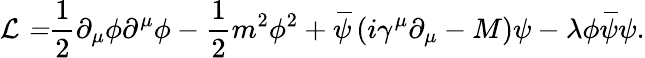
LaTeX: \mathcal{L=}\frac{1}{2}\partial_{\mu}\phi\partial^{\mu}\phi-\frac{1}{2}m^{2}\phi^{2}+\, \overline{{\! {\psi}}}\left(i\gamma^{\mu}\partial_{\mu}-M\right)\psi-\lambda\phi\, \overline{{\! {\psi}}}\psi.